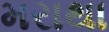
મરાથા